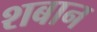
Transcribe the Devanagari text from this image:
शबान